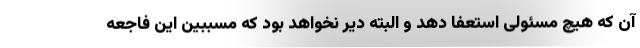
آن که هیچ مسئولی استعفا دهد و البته دیر نخواهد بود که مسببین این فاجعه